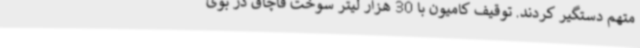
متهم دستگیر کردند. توقیف کامیون با 30 هزار لیتر سوخت قاچاق در بوئ